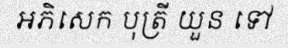
អភិសេក បុត្រី យួន ទៅ